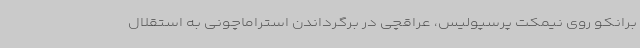
برانکو روی نیمکت پرسپولیس، عراقچی در برگرداندن استراماچونی به استقلال